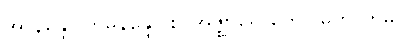
အာနန္ဒော တိမိနန္ဒော စ၊ အဇ္ဈာရောဟော မဟာတိမိ။